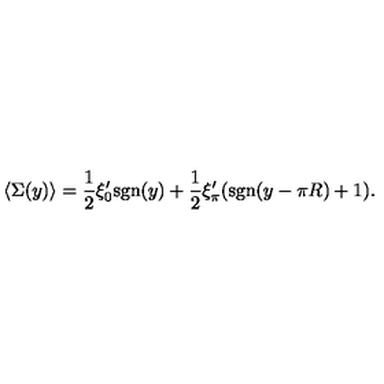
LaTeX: \langle \Sigma ( y ) \rangle = { \frac { 1 } { 2 } } \xi _ { 0 } ^ { \prime } \mathrm { s g n } ( y ) + { \frac { 1 } { 2 } } \xi _ { \pi } ^ { \prime } ( \mathrm { s g n } ( y - \pi R ) + 1 ) .